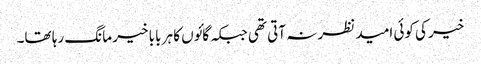
خیر کی کوئی امید نظر نہ آتی تھی جبکہ گائوں کا ہر بابا خیر مانگ رہا تھا۔